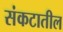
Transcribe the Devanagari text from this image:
संकटातील